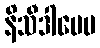
နိသီဒါပေမ